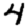
Digit: 4